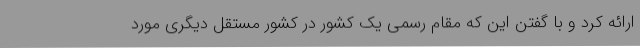
ارائه کرد و با گفتن این که مقام رسمی یک کشور در کشور مستقل دیگری مورد